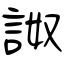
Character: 詉